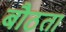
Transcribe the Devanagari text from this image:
बौठता